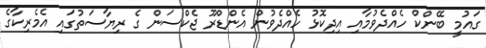
ގައުމީ ބޭންކް ހެއްދެވުމާއި އިދިކޮޅު ހެއްދެވުން އެންޑްރޫ ޖެކްސަން ގެ ރިޔާސަތުގައި އެމެރިކާގެ